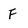
Character: F